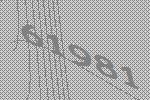
61981